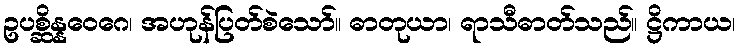
ဥပစ္ဆိန္နဝေဂေ၊ အဟုန်ပြတ်စဲသော်။ ဓာတုယာ၊ ရာသီဓာတ်သည်။ ဋ္ဌိကာယ၊